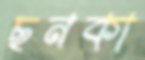
ছনকা